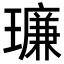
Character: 𪼥